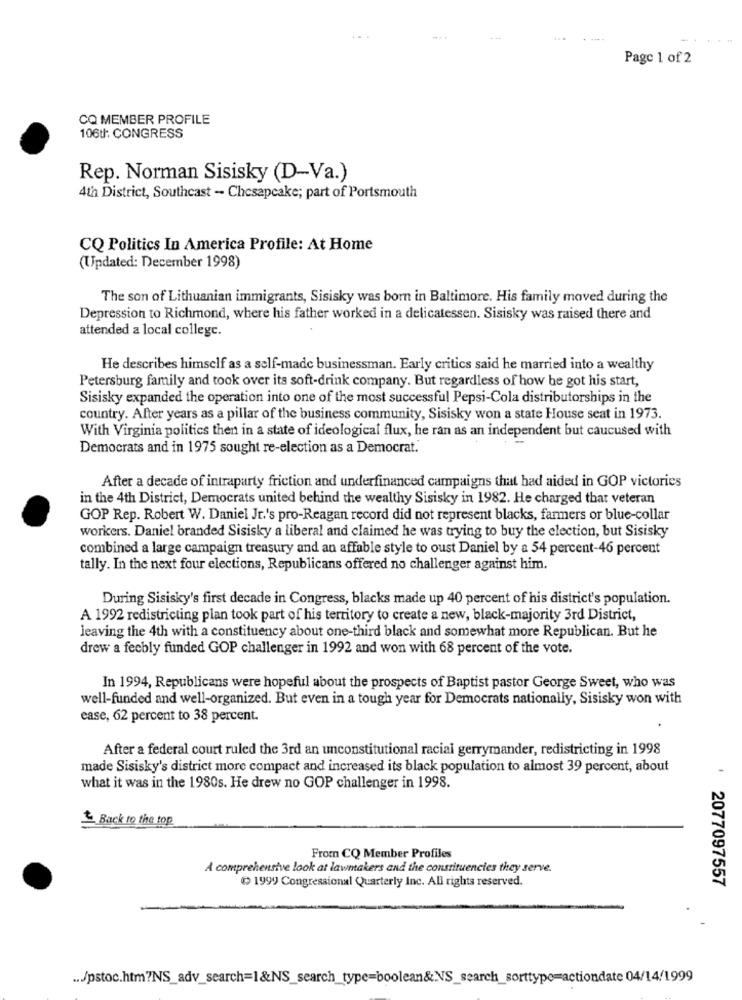
Page 1 of 2
CQ MEMBER PROFILE
106th: CONGRESS
Rep. Norman Sisisky (D-Va.)
4th District, Southcast - Chesapeake; part of Portsmouth
CQ Politics In America Profile: At Home
(Updated: December 1998)
The son of Lithuanian immigrants, Sisisky was born in Baltimore. His family moved during the
Depression to Richmond, where his father worked in a delicatessen. Sisisky was raised there and
attended a local college.
He describes himself as a self-made businessman. Early critics said he married into a wealthy
Petersburg family and took over its soft-drink company. But regardless of how he got his start,
Sisisky expanded the operation into one of the most successful Pepsi-Cola distributorships in the
country. After years as a pillar of the business community, Sisisky won a state House seat in 1973.
With Virginia politics then in a state of ideological flux, he ran as an independent but caucused with
Democrats and in 1975 sought re-election as a Democrat.
After a decade of intraparty friction and underfinanced campaigns that had aided in GOP victories
in the 4th District, Democrats united behind the wealthy Sisisky in 1982. He charged that veteran
GOP Rep. Robert W. Daniel Jr.'s pro-Reagan record did not represent blacks, farmers or blue-collar
workers. Daniel branded Sisisky a liberal and claimed he was trying to buy the election, but Sisisky
combined a large campaign treasury and an affable style to oust Daniel by a 54 percent-46 percent
tally. In the next four elections, Republicans offered no challenger against him.
During Sisisky's first decade in Congress, blacks made up 40 percent of his district's population.
A 1992 redistricting plan took part of his territory to create a new, black-majority 3rd District,
leaving the 4th with a constituency about one-third black and somewhat more Republican. But he
drew a fecbly funded GOP challenger in 1992 and won with 68 percent of the vote.
In 1994, Republicans were hopeful about the prospects of Baptist pastor George Sweet, who was
well-funded and well-organized. But even in a tough year for Democrats nationally, Sisisky won with
ease, 62 percent to 38 percent.
After a federal court ruled the 3rd an unconstitutional racial gerrymander, redistricting in 1998
made Sisisky's district more compact and increased its black population to almost 39 percent, about
what it was in the 1980s. He drew no GOP challenger in 1998.
Back to the top
From CQ Member Profiles
A comprehensive look at lawmakers and the constituencies they serve.
1999 Congressional Quarterly Inc. All rights reserved.
2077097557
... Jpstoc.htm?NS_adv_search=1&NS_search_type=boolean&NS_search_sorttype=actiondate 04/14/1999